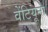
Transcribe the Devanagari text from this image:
वेंटियूना